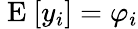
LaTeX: \mathrm{~E~}[y_{i}]=\varphi_{i}